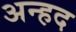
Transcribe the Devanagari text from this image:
अन्‍हद